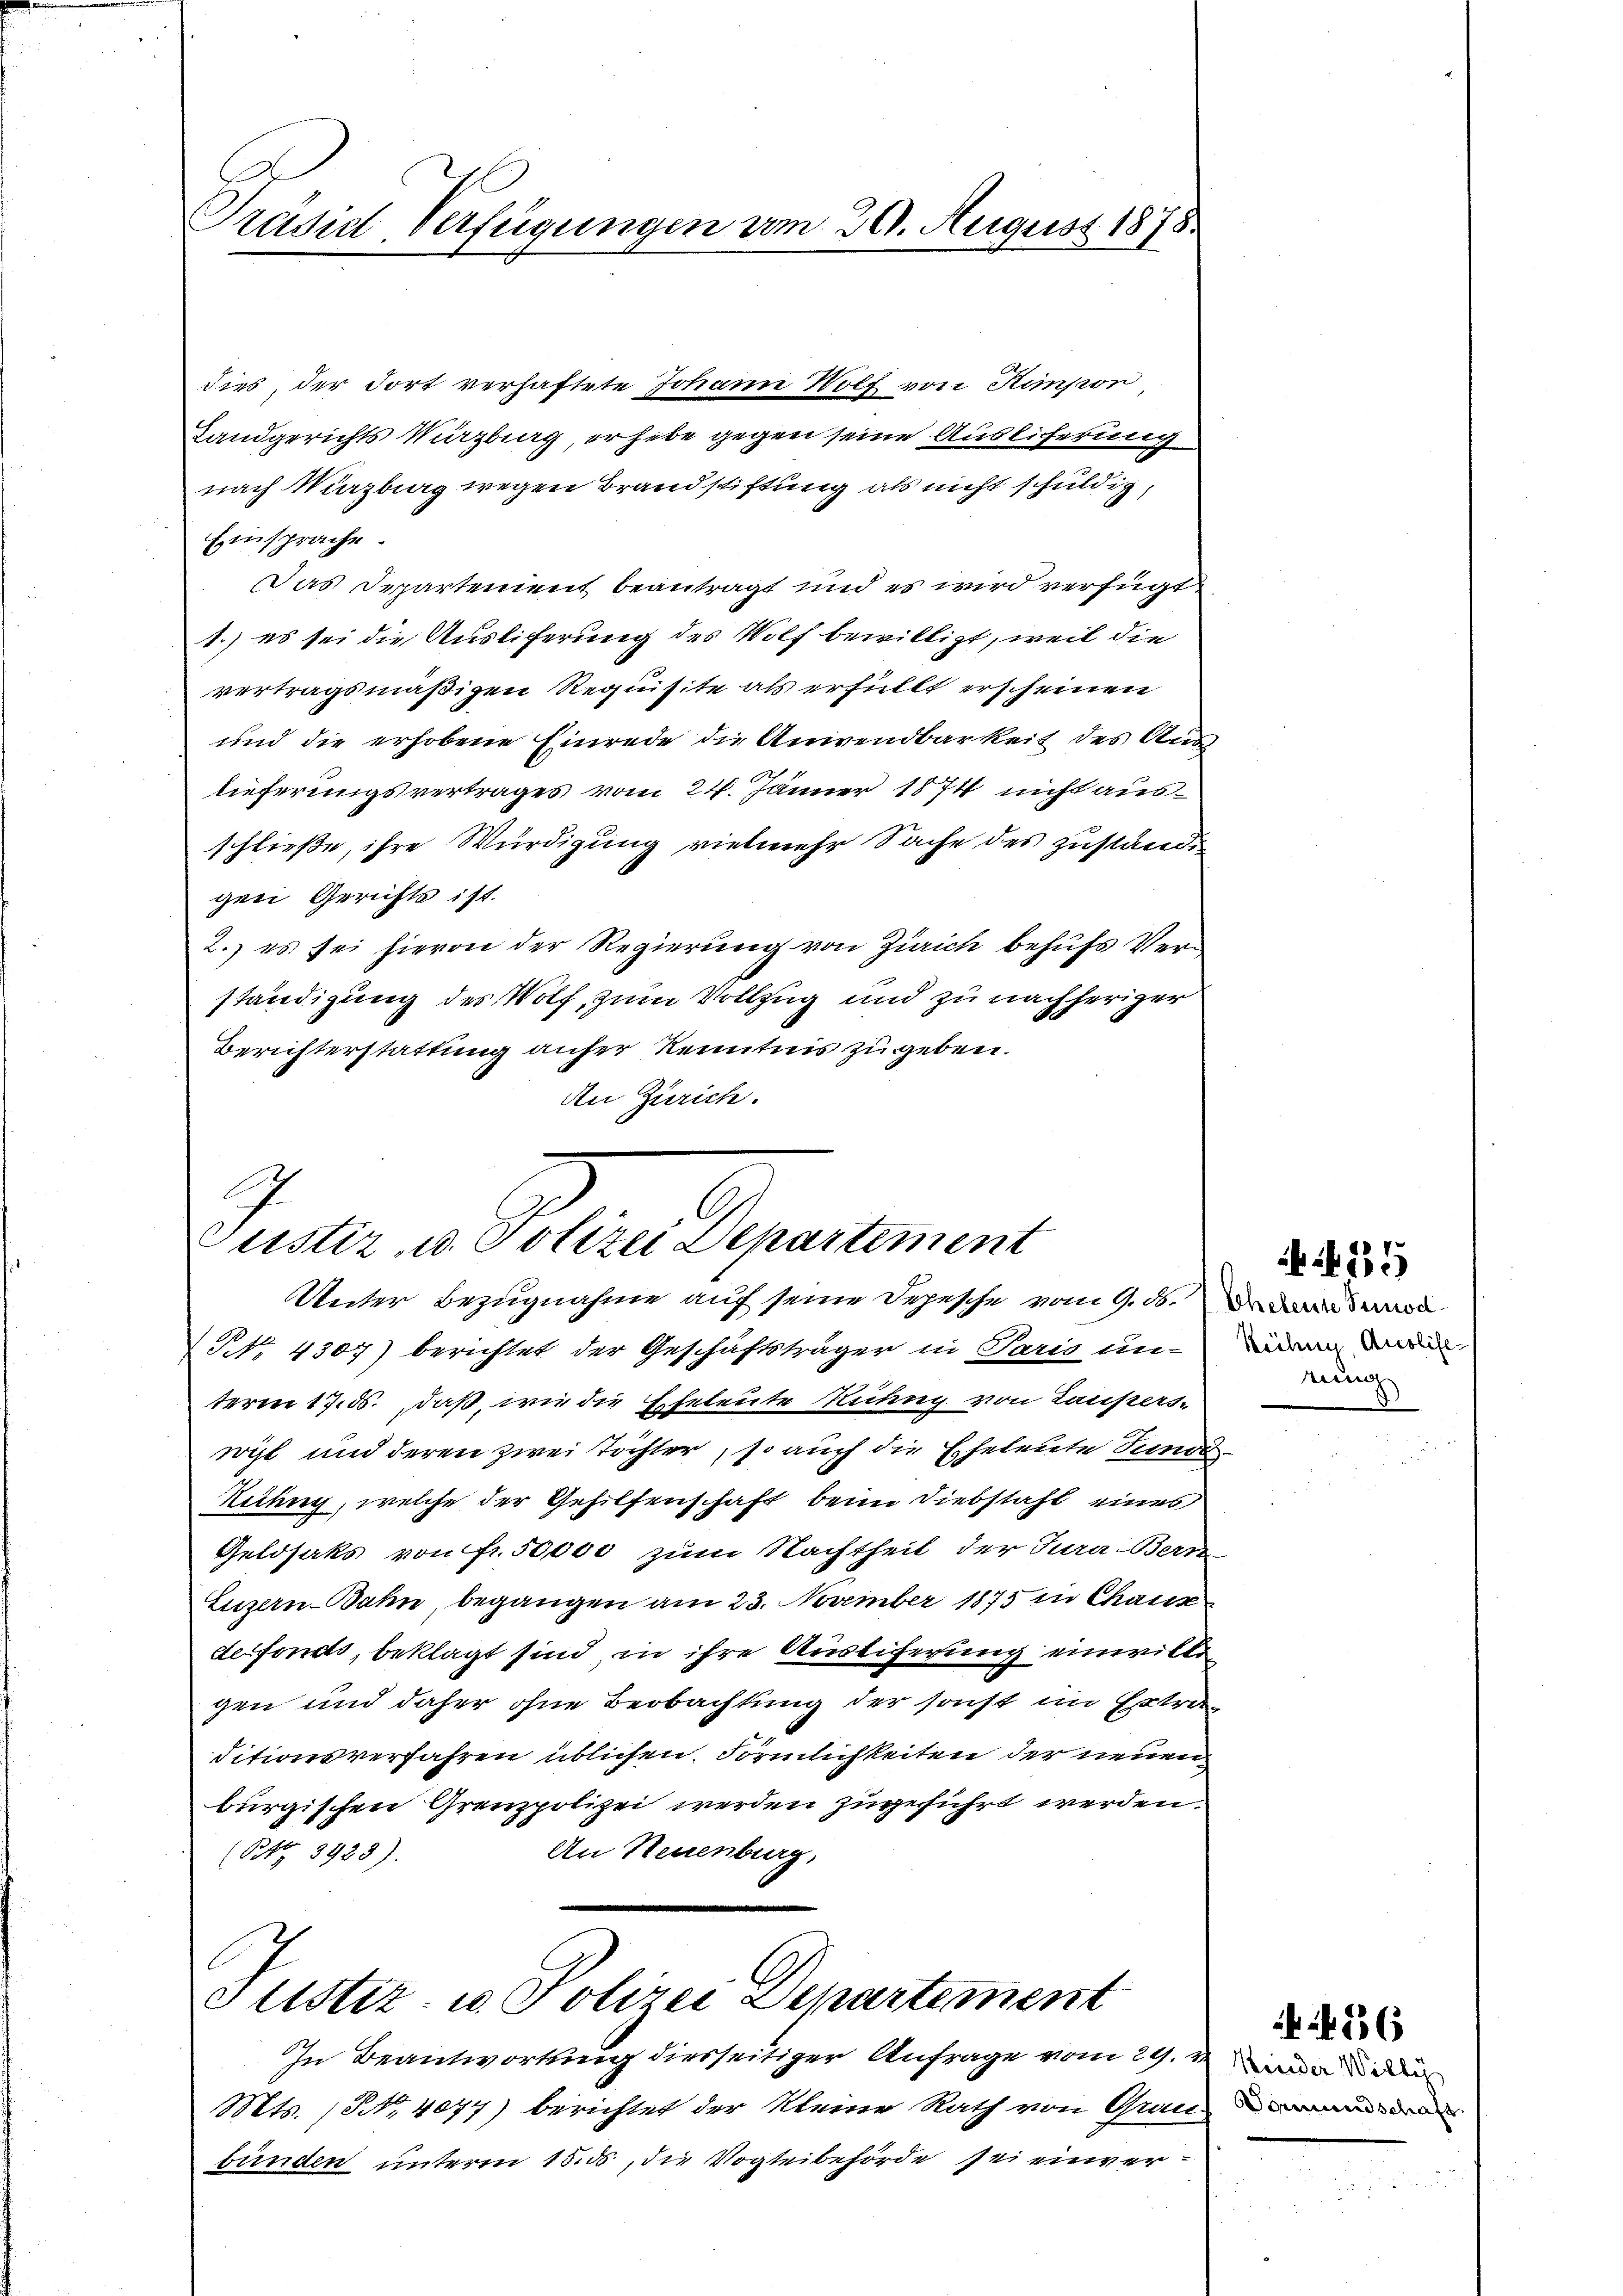
t
Präsid-Verfügungen vom 20. August 1878.

dies, der dort verhaftete Johann Wolf von Stimpon
Landgerichts Würzburg, erhebe gegen seine Ausliferung
nach Marzburg wegen Brandstiftung als nicht schuldig,
Einsprache.
Das Departement beantragt und es wird verfügt
1.) es sei die Ausliferung des Wolf bewilligt, weil die
vertragsmäßigen Requisite als erfüllt erscheinen
und die erhobene Einrede die Anwendbarkeit des Ausa
lieferungsvertrages vom 24. Jänner 1874 nicht ausschließe, ihre Würdigung vielmehr Sache des zuständig
gen Gerichts ist.
2.) es sei hievon der Regierung von Zürich behufs Verständigung des Wolf, zum Vollzug und zu nachheriger
Berichterstattung anher Kenntnis zu geben.
An Zürich.

C
Justiz- u. Polizei Departement
Unter Bezugnahme auf seine Depesche vom 9. ds. Dr Baaden

Pfr. 4307) berichtet der Geschäftsträger in Paris unwei
term 17. ds., daß, wie die Eheleute Rührig von Laupers-
richt und deren zwei Töchter, so auch die Eheleute Sundt¬
Reiung, welche der Gehilfenschaft beim Diebstahl eines
Geldsaks von Fr. 50,000 zum Nachtheit der Jura-Bern-
Luzern-Bahn, begangen am 23. November 1875 in Chaux
derfonds, beklagt sind, in ihre Austiferung einwille
gen und daher ohne Beobachtung der sonst im Extraditionsverfahren üblichen Förmlichkeiten der neuen
burgischen Grenzpolizei werden zugeführt werden.
An Neuenburg,
(Btz. 8923).

Otistiz- u. Polizei Departement
In Beantwortung diesseitiger Anfrage vom 29. Man da

Mts. (S. 4077) berichtet der kleine Rath von Grau
bunden unterm 15. ds, die Vogteibehörde sei einver¬

ren

435

4456